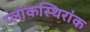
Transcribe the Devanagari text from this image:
प्लांकस्थिरांक